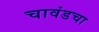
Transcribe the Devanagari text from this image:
चावंडचा